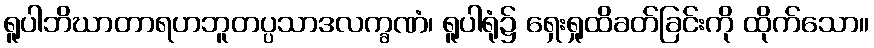
ရူပါဘိဃာတာရဟဘူတပ္ပသာဒလက္ခဏံ၊ ရူပါရုံ၌ ရှေးရှုထိခတ်ခြင်းကို ထိုက်သော။